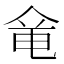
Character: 𠊋